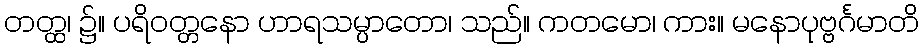
တတ္ထ၊ ၌။ ပရိဝတ္တနော ဟာရသမ္ပာတော၊ သည်။ ကတမော၊ ကား။ မနောပုဗ္ဗင်္ဂမာတိ